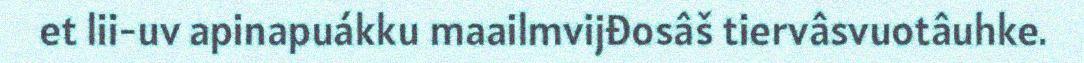
et lii-uv apinapuákku maailmvijđosâš tiervâsvuotâuhke.